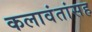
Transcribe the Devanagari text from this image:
कलावंतांसह